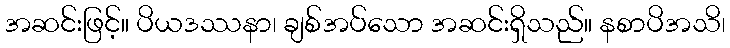
အဆင်းဖြင့်။ ပိယဒဿနာ၊ ချစ်အပ်သော အဆင်းရှိသည်။ နစာပိအသိ၊